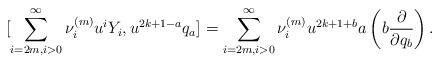
LaTeX: \begin{align*}[\sum_{i=2m,i>0}^{\infty}\nu_i^{(m)}u^iY_i,u^{2k+1-a}q_a]&=\sum_{i=2m,i>0}^{\infty}\nu_i^{(m)}u^{2k+1+b}a\left(b\frac{\partial}{\partial q_b}\right).\end{align*}